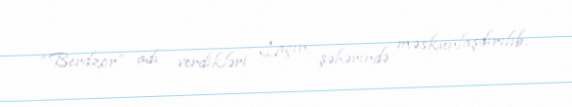
“Berdzor” adı verdikləri Laçın şəhərində məskunlaşdırılıb.